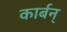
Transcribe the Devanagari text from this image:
कार्बन्